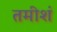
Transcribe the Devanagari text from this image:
तमीशं